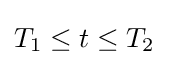
T_{1}\leq t\leq T_{2}